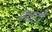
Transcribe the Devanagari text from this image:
फांटों